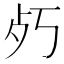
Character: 𭭿